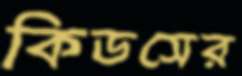
কিডসের